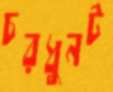
চরধুনট